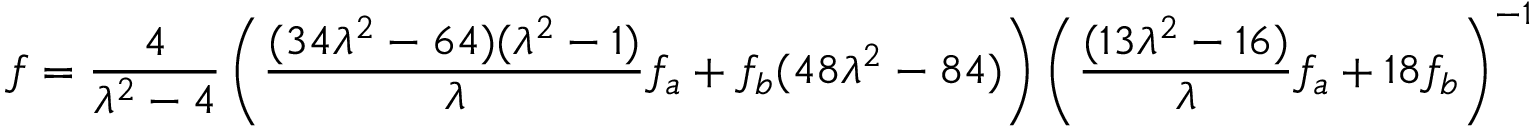
f = \frac { 4 } { \lambda ^ { 2 } - 4 } \left( \frac { ( 3 4 \lambda ^ { 2 } - 6 4 ) ( \lambda ^ { 2 } - 1 ) } { \lambda } f _ { a } + f _ { b } ( 4 8 \lambda ^ { 2 } - 8 4 ) \right) \left( \frac { ( 1 3 \lambda ^ { 2 } - 1 6 ) } { \lambda } f _ { a } + 1 8 f _ { b } \right) ^ { - 1 }